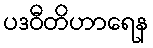
ပဒဝီတိဟာရေန